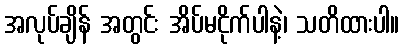
အလုပ်ချိန် အတွင်း အိပ်မငိုက်ပါနဲ့၊ သတိထားပါ။